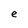
Character: e